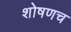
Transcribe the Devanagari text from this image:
शोषणच